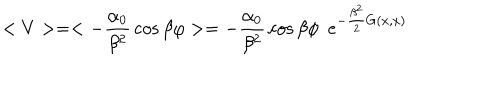
< V > = < - { \frac { \alpha _ { 0 } } { \beta ^ { 2 } } } \cos \beta \varphi > = - { \frac { \alpha _ { 0 } } { \beta ^ { 2 } } } \cos \beta \phi ~ ~ e ^ { - { \frac { \beta ^ { 2 } } { 2 } } G ( x , x ) }